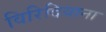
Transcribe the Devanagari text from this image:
विरिदियाना